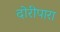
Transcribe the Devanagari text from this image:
दोरीपारा